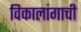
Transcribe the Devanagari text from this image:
विकालांगाची